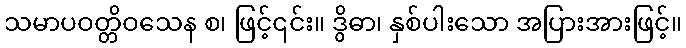
သမာပဝတ္တိဝသေန စ၊ ဖြင့်၎င်း။ ဒွိဓာ၊ နှစ်ပါးသော အပြားအားဖြင့်။